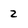
Character: 2